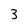
Character: 3